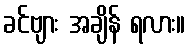
ခင်ဗျား အချိန် ရလား။